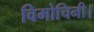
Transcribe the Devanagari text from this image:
विमोचिनी।